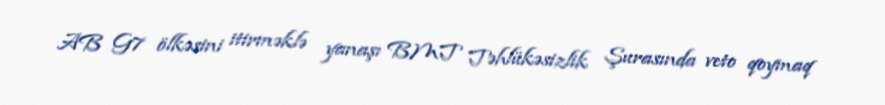
AB G7 ölkəsini itirməklə yanaşı BMT Təhlükəsizlik Şurasında veto qoymaq